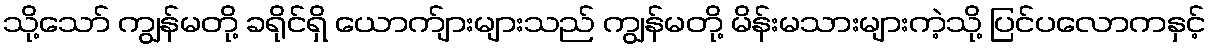
သို့သော် ကျွန်မတို့ ခရိုင်ရှိ ယောက်ျားများသည် ကျွန်မတို့ မိန်းမသားများကဲ့သို့ ပြင်ပလောကနှင့်